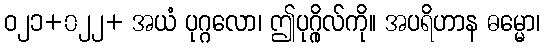
ဝ၂၁+၀၂၂+ အယံ ပုဂ္ဂလော၊ ဤပုဂ္ဂိုလ်ကို။ အပရိဟာန ဓမ္မော၊